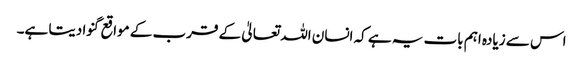
اس سے زیادہ اہم بات یہ ہے کہ انسان اللہ تعالیٰ کے قرب کے مواقع گنوا دیتا ہے۔